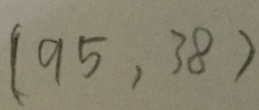
( 9 5 , 3 8 )